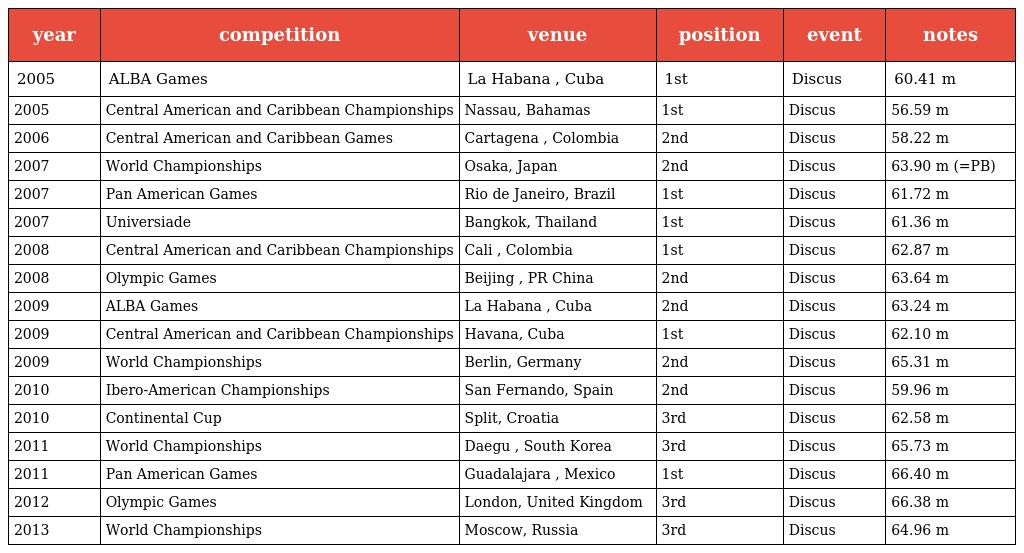
| year | competition | venue | position | event | notes |
 | --- | --- | --- | --- | --- | --- |
 | 2005 | ALBA Games | La Habana , Cuba | 1st | Discus | 60.41 m |
 | 2005 | Central American and Caribbean Championships | Nassau, Bahamas | 1st | Discus | 56.59 m |
 | 2006 | Central American and Caribbean Games | Cartagena , Colombia | 2nd | Discus | 58.22 m |
 | 2007 | World Championships | Osaka, Japan | 2nd | Discus | 63.90 m (=PB) |
 | 2007 | Pan American Games | Rio de Janeiro, Brazil | 1st | Discus | 61.72 m |
 | 2007 | Universiade | Bangkok, Thailand | 1st | Discus | 61.36 m |
 | 2008 | Central American and Caribbean Championships | Cali , Colombia | 1st | Discus | 62.87 m |
 | 2008 | Olympic Games | Beijing , PR China | 2nd | Discus | 63.64 m |
 | 2009 | ALBA Games | La Habana , Cuba | 2nd | Discus | 63.24 m |
 | 2009 | Central American and Caribbean Championships | Havana, Cuba | 1st | Discus | 62.10 m |
 | 2009 | World Championships | Berlin, Germany | 2nd | Discus | 65.31 m |
 | 2010 | Ibero-American Championships | San Fernando, Spain | 2nd | Discus | 59.96 m |
 | 2010 | Continental Cup | Split, Croatia | 3rd | Discus | 62.58 m |
 | 2011 | World Championships | Daegu , South Korea | 3rd | Discus | 65.73 m |
 | 2011 | Pan American Games | Guadalajara , Mexico | 1st | Discus | 66.40 m |
 | 2012 | Olympic Games | London, United Kingdom | 3rd | Discus | 66.38 m |
 | 2013 | World Championships | Moscow, Russia | 3rd | Discus | 64.96 m |